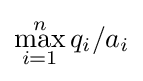
\max _{i=1}^{n}q_{i}/a_{i}